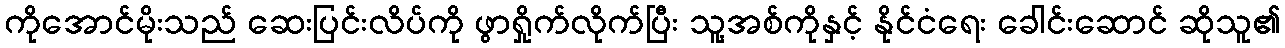
ကိုအောင်မိုးသည် ဆေးပြင်းလိပ်ကို ဖွာရှိုက်လိုက်ပြီး သူ့အစ်ကိုနှင့် နိုင်ငံရေး ခေါင်းဆောင် ဆိုသူ၏